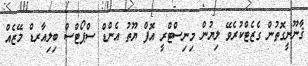
ޤާނޫނީގޮތުން ގެޒެޓްކުރެވޭ ލިޔުން މިނިސްޓްރީ އޮފް ޔޫތު އެންޑް ސްޕޯޓްސް ބިލިއާރޑް މޭޒެއް